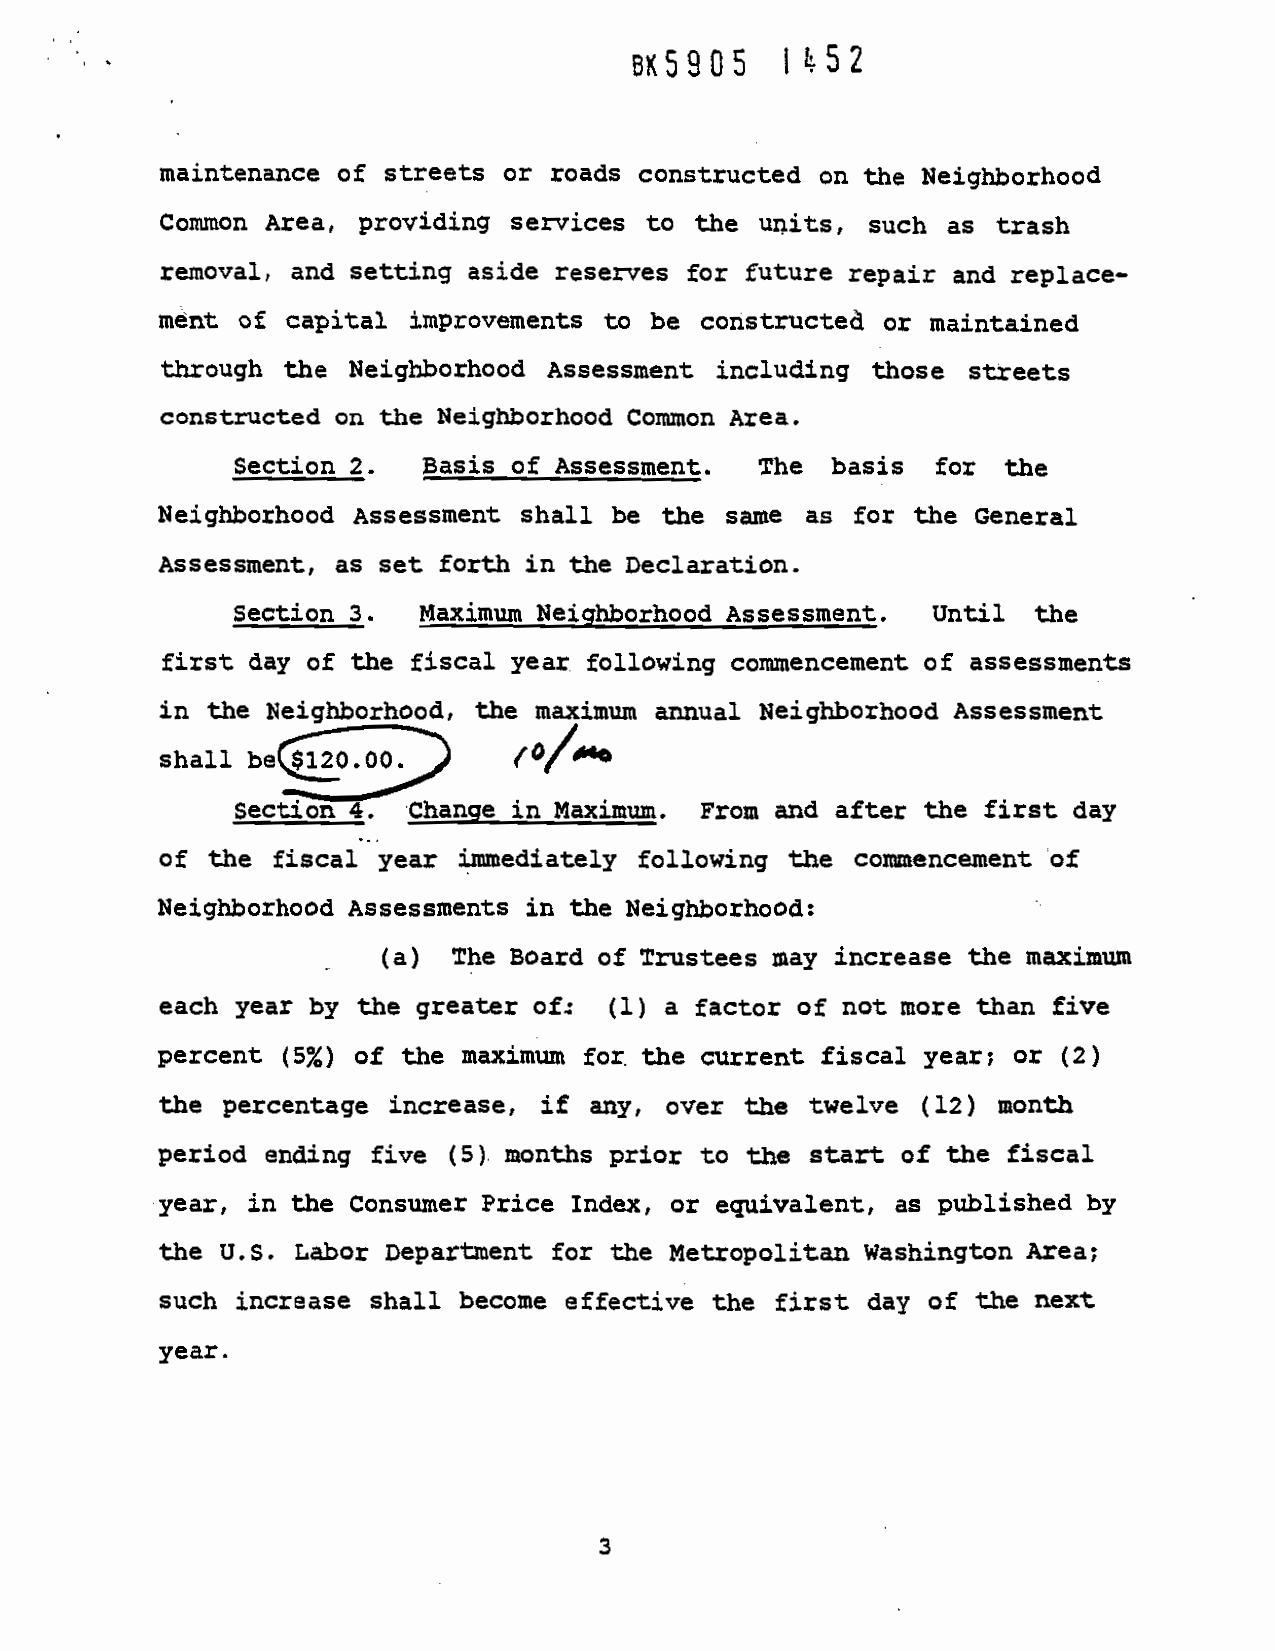
I 52
 8X5905
 maintenance of streets or roads
 constructed on the Neighborhood
 Common   Area, providing services to the units, such
 as trash
 removal, and setting aside
 reserves for future repair
 and replace—
 mént  of capital improvements to be constructed
 or maintained
 through the Neighborhood Assessment
 including  those streets
 Constructed on the Neighboro
 Coriunon Area.
 Section
 2.   Basis of Assessment.
 The  basis  for the
 Neighborhood  Assessment shall be
 the same as for the General
 Assessment, as set forth in the Declaration.
 Section 3.
 Maxinnin Neighbor00 Assessment.
 Until the
 first day of the fiscal
 year following commencement of
 assessments
 in the Neighborhood, the maxjmugi
 annual Neighborhood Assessment
 shall   beoo.
 (0/Mti
 Section 4. Change in Maximum.  From and       the first day
 after
 of the fiscal
 year immediately following the
 commencement of
 Neighborhood  Assessments in the
 Neighborhood:
 (a)
 The Board of Trustees
 may increase the maximum
 each year by the greater of:
 (1) a factor of not more than five
 percent  (5%) of the maximum for, the current      year; or (2)
 fiscal
 the percentage increase, if
 any, over the twelve (12) month
 period ending five (5). mouths prior to the Stan of the  fiscal
 year, in the Conswner Price Index,
 or equivalent, as published by
 the U.S. Labor
 for the Metropolitan
 Department
 Washington Area;
 such increase shall become
 effective the first day of the next
 year.
 3